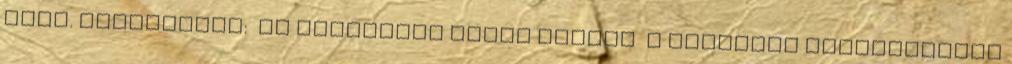
címe. Megjegyzés: Az előzményt leíró adatok A kiadvány előzményének